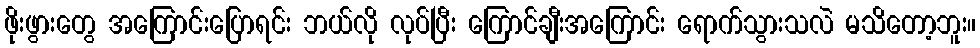
ဖိုးဖွားတွေ အကြောင်းပြောရင်း ဘယ်လို လုပ်ပြီး ကြောင်ချီးအကြောင်း ရောက်သွားသလဲ မသိတော့ဘူး။